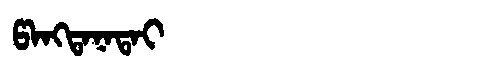
Manchu: ᡦᠠᠩᡨᠠᠨᠠᡨᠠᡳ
Romanization: PANGTANATAI